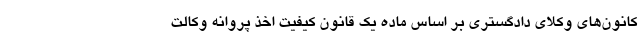
کانون‌های وکلای دادگستری بر اساس ماده یک قانون کیفیت اخذ پروانه وکالت